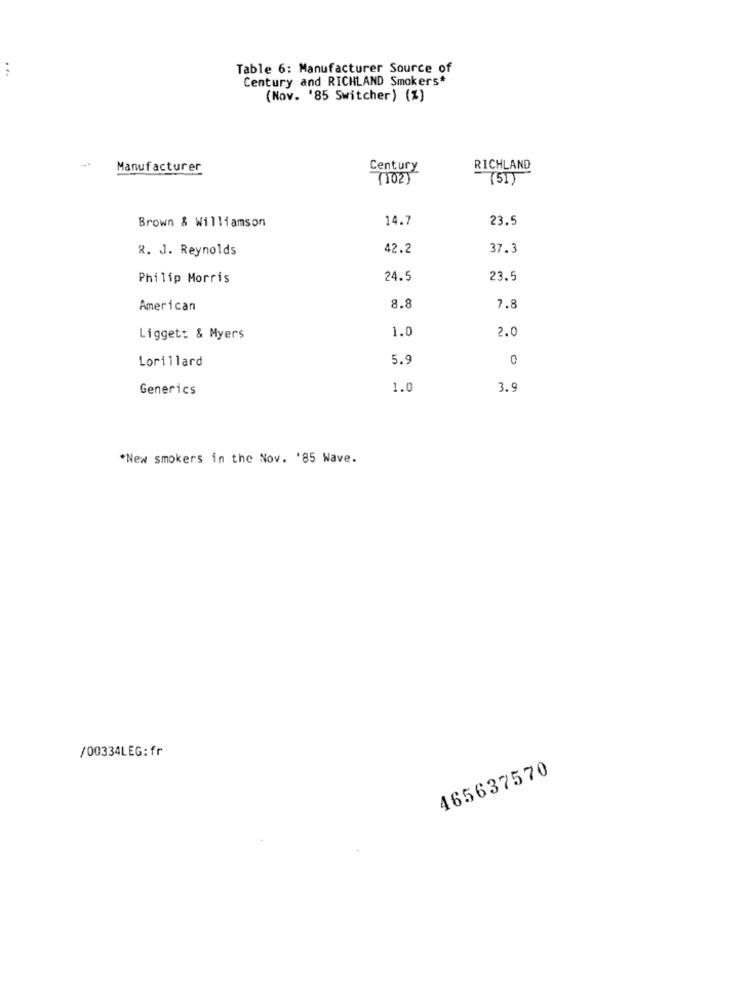
...
Table 6: Manufacturer Source of
Century and RICHLAND Smokers
(Nov. '85 Switcher) (%)
Manufacturer
Century
RICHLAND
( 102)
(51)
14.7
23.5
Brown & Williamson
R. J. Reynolds
42.2
37.3
Philip Morris
24.5
23.5
American
8.8
7.8
1.0
2.0
Ligget: & Myers
Lorillard
5.9
0
Generics
1.0
3.9
*New smokers in the Nov. '85 Wave.
/00334LEG:fr
465637570